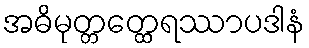
အဓိမုတ္တတ္ထေရဿာပဒါနံ